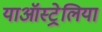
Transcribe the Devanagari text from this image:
याऑस्ट्रेलिया